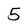
Character: 5